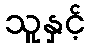
သူနှင့်